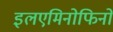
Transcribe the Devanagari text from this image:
इलएमिनोफिनो